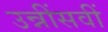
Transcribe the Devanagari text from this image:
उन्नींसवीं